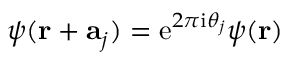
\psi ( \mathbf { r } + \mathbf { a } _ { j } ) = \mathrm { e } ^ { 2 \pi \mathrm { i } \theta _ { j } } \psi ( \mathbf { r } )